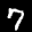
Label: 7